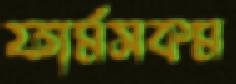
ফার্মসকম